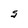
Character: S